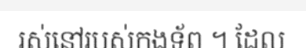
រស់នៅរបស់កងទ័ព ។ ដែល